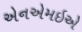
એનએમઇએ